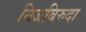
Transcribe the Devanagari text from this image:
निजबिरुदा